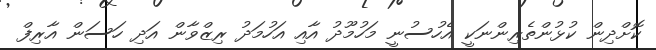
ކޮށްދިން ކުޅުންތެރިންނަކީ އެހުސުނީ މަހުމޫދު އާއި އަހުމަދު ރިޒްވާން އަދި ހަސަން އާރިފް